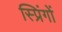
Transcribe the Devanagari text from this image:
स्प्रिंगों